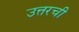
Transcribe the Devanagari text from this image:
उत्तरची